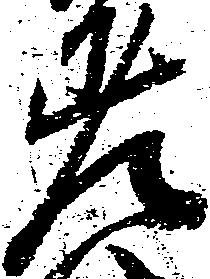
差